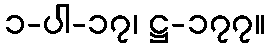
၁-ပါ-၁၇၊ ဋ္ဌ-၁၇၇။